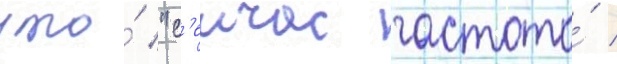
что́ "с'еичас частота́ /